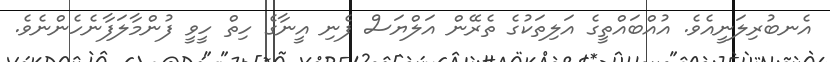
އެނބުރިލަނީއެވެ. އުއްބައްތީގެ އަލިތަކުގެ ތެރޭން އަލްޔަސް ފެނި އީނާގެ ހިތް ހީވީ ފުންމާލަފާނެހެންނެވެ.